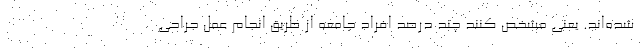
شده‌اند. یعنی مشخص کنند چند درصد افراد جامعه از طریق انجام عمل جراحی